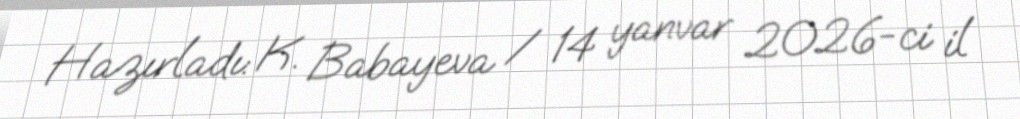
Hazırladı: K. Babayeva / 14 yanvar 2026-ci il